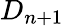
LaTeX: D_{n+1}